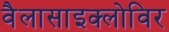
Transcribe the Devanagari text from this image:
वैलासाइक्लोविर